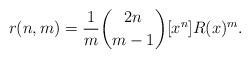
LaTeX: \begin{align*} r(n,m) = \frac{1}{m} {2n \choose m-1} [x^n]R(x)^m.\end{align*}